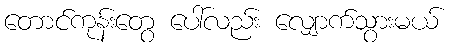
တောင်ကုန်းတွေ ပေါ်လည်း လျှောက်သွားမယ်